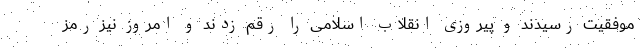
موفقیت رسیدند و پیروزی انقلاب اسلامی را رقم زدند و امروز نیز رمز